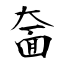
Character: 奤